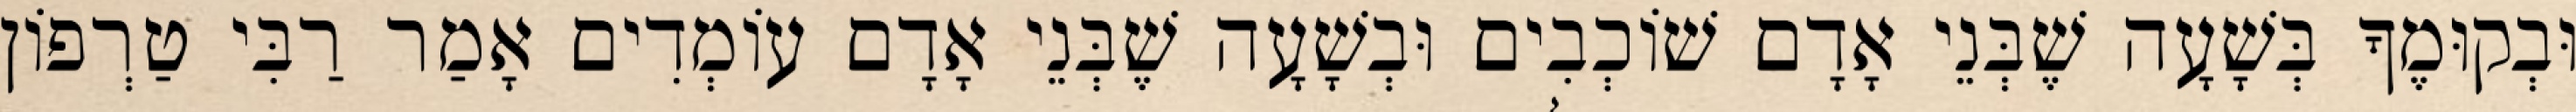
וּבְקוּמֶךָ בְּשָׁעָה שֶׁבְּנֵי אָדָם שׁוֹכְבִים וּבְשָׁעָה שֶׁבְּנֵי אָדָם עוֹמְדִים אָמַר רַבִּי טַרְפוֹן